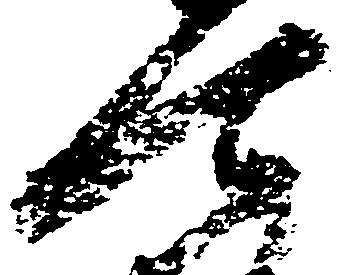
可